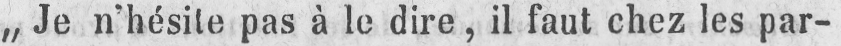
„Je n’hésite pas à le dire, il faut chez les par-